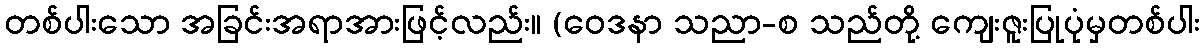
တစ်ပါးသော အခြင်းအရာအားဖြင့်လည်း။ (ဝေဒနာ သညာ-စ သည်တို့ ကျေးဇူးပြုပုံမှတစ်ပါး